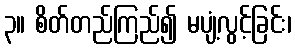
၃။ စိတ်တည်ကြည်၍ မပျံ့လွင့်ခြင်း၊